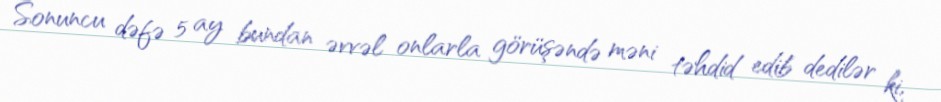
Sonuncu dəfə 5 ay bundan əvvəl onlarla görüşəndə məni təhdid edib dedilər ki,